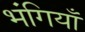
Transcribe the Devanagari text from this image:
भंगियाँ